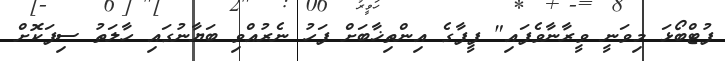
ފުޓްބޯޅަ މިވަނީ ވީރާނާވެފައި" ފީފާގެ އިންތިޚާބަށް ފަހު ނެރުއްވި ބަޔާނުގައި ހާލަތު ސިފަކޮށް